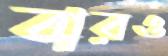
বারও